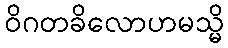
ဝိဂတခိလောဟမသ္မိ